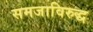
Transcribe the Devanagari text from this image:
समजाविरुद्ध